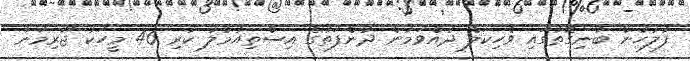
ފުލުހުން ބުނިގޮތުގައި ވެހިކަލް ދުއްވަމުން ދުންފަތުގެ އިސްތިއުމާލު ކުރި 46 މީހަކު ޖޫރިމަނާ